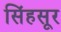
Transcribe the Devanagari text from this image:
सिंहसूर